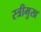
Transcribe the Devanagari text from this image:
स्त्रीमुख